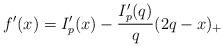
LaTeX: \begin{align*} f'(x) = I'_p(x) - \frac{I'_p(q)}{q}(2q - x)_+ \end{align*}